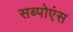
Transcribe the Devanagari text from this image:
सब्पोएंस